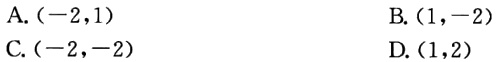
A. $(-2,1)$
B. $(1,-2)$
C. $(-2,-2)$
D. $(1,2)$